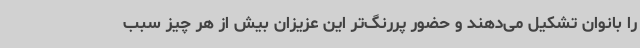
را بانوان تشکیل می‌دهند و حضور پررنگ‌تر این عزیزان بیش از هر چیز سبب